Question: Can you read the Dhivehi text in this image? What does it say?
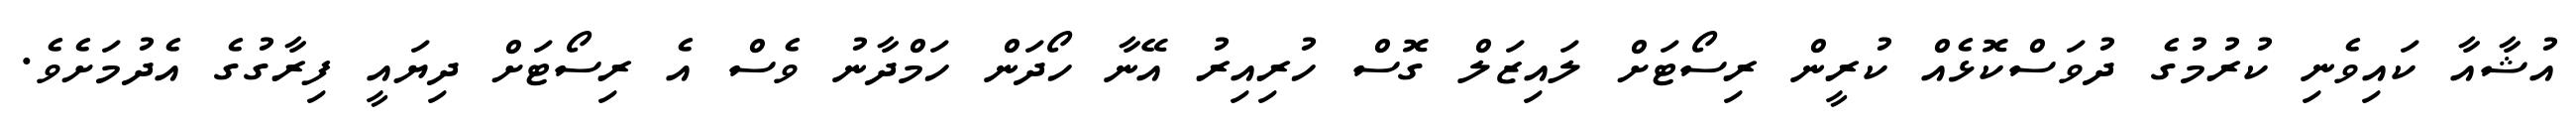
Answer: އުޝާއާ ކައިވެނި ކުރުމުގެ ދުވަސްކޮޅެއް ކުރީން ރިސޯޓަށް ލައިޒަލް ގޮސް ހުރިއިރު އޭނާ ހޯދަން ހަމްދާނު ވެސް އެ ރިސޯޓަށް ދިޔައީ ފިރާގުގެ އެދުމަށެވެ.